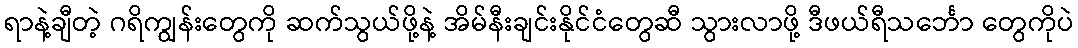
ရာနဲ့ချီတဲ့ ဂရိကျွန်းတွေကို ဆက်သွယ်ဖို့နဲ့ အိမ်နီးချင်းနိုင်ငံတွေဆီ သွားလာဖို့ ဒီဖယ်ရီသင်္ဘော တွေကိုပဲ